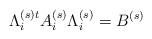
LaTeX: \begin{align*}\Lambda_{i}^{(s)t}A_i^{(s)} \Lambda_{i}^{(s)}=B^{(s)}\end{align*}